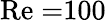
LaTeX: \mathrm{Re=}100